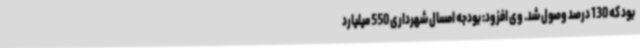
بود که 130 درصد وصول شد. وی افزود: بودجه امسال شهرداری 550 میلیارد